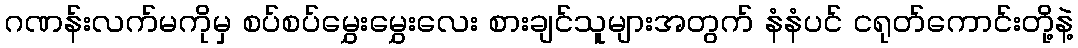
ဂဏန်းလက်မကိုမှ စပ်စပ်မွှေးမွှေးလေး စားချင်သူများအတွက် နံနံပင် ငရုတ်ကောင်းတို့နဲ့